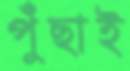
পুঁছাই